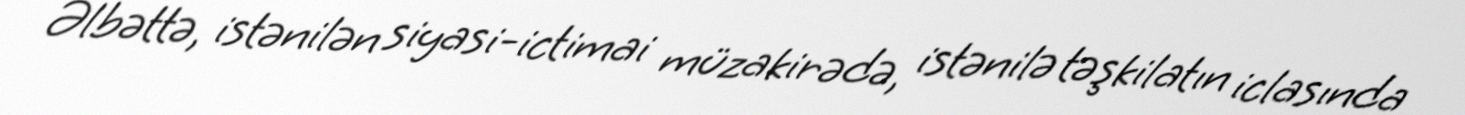
Əlbəttə, istənilən siyasi-ictimai müzakirədə, istənilə təşkilatın iclasında